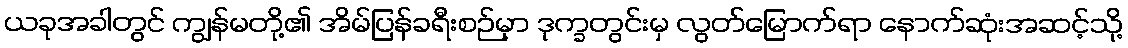
ယခုအခါတွင် ကျွန်မတို့၏ အိမ်ပြန်ခရီးစဉ်မှာ ဒုက္ခတွင်းမှ လွတ်မြောက်ရာ နောက်ဆုံးအဆင့်သို့